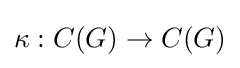
\kappa :C(G)\to C(G)